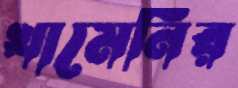
খামেনির